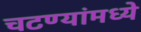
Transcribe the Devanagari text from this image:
चटण्यांमध्ये